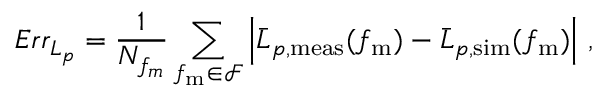
E r r _ { L _ { p } } = \frac { 1 } { N _ { f _ { m } } } \sum _ { f _ { \mathrm { m } } \in \mathcal { F } } \left| \bar { L } _ { p , \mathrm { m e a s } } ( f _ { \mathrm { m } } ) - \bar { L } _ { p , \mathrm { s i m } } ( f _ { \mathrm { m } } ) \right| \, ,